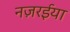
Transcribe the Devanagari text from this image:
नज़रईया